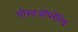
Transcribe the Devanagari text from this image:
पोस्टऑपरेटिव